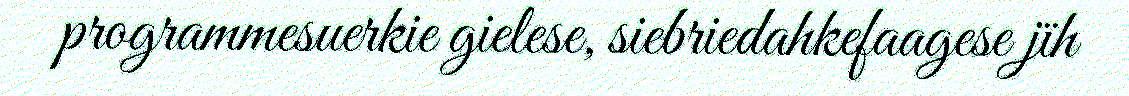
programmesuerkie gielese, siebriedahkefaagese jïh